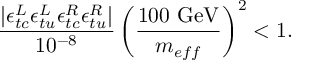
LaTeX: { \frac { | \epsilon _ { t c } ^ { L } \epsilon _ { t u } ^ { L } \epsilon _ { t c } ^ { R } \epsilon _ { t u } ^ { R } | } { 1 0 ^ { - 8 } } } \left( { \frac { 1 0 0 ~ \mathrm { G e V } } { m _ { e f f } } } \right) ^ { 2 } < 1 .